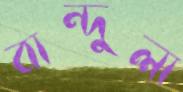
বান্দুলা